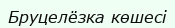
Бруцелёзка көшесі